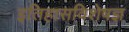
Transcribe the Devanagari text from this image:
इतिहासविशेषज्ञ